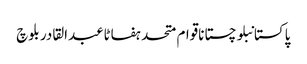
پاکستانبلوچستاناقوام متحدہفاٹاعبدالقادر بلوچ